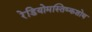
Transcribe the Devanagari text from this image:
रेडियोमस्तिष्कशोथ